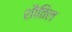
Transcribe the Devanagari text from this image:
शौतिल